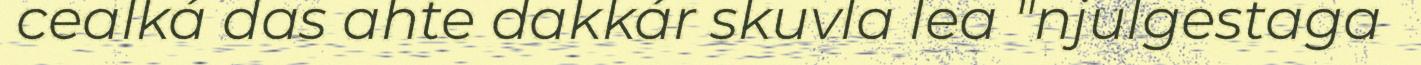
cealká das ahte dakkár skuvla lea "njulgestaga